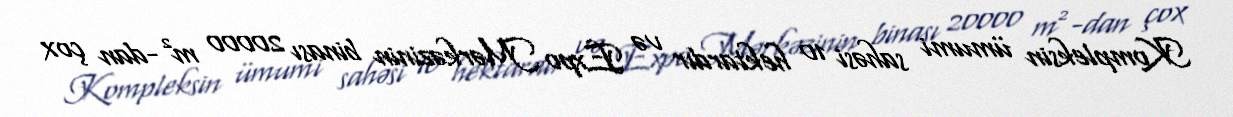
Kompleksin ümumi sahəsi 10 hektardır və Expo Mərkəzinin binası 20000 m²-dan çox